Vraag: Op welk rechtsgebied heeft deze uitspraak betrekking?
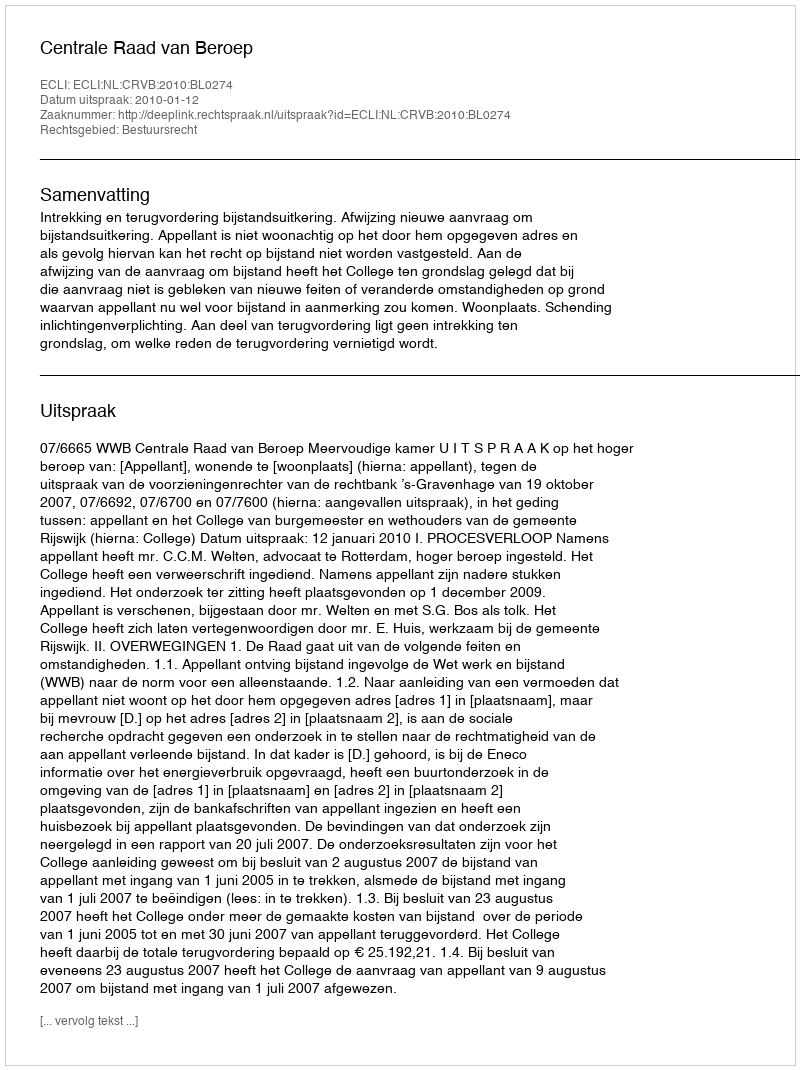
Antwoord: Bestuursrecht